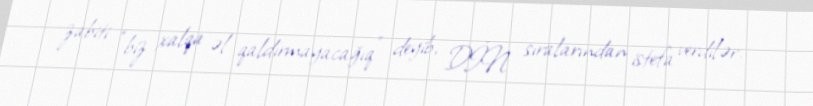
zabiti “biz xalqa əl qaldırmayacağıq” deyib, DİN sıralarından istefa verdilər.